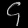
Digit: ၄